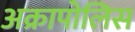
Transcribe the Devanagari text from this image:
अक्रापोलिस